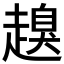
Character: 𧽒